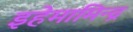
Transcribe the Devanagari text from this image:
इहेमामिन्द्र